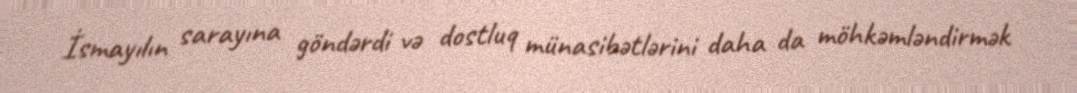
İsmayılın sarayına göndərdi və dostluq münasibətlərini daha da möhkəmləndirmək